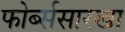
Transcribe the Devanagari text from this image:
फोर्ब्ससारखा